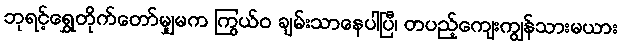
ဘုရင့်ရွှေတိုက်တော်မျှမက ကြွယ်ဝ ချမ်းသာနေပါပြီ၊ တပည့်ကျေးကျွန်သားမယား